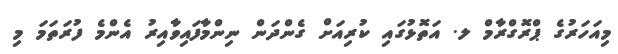
މިއަހަރުގެ ޕްރޮގްރާމް ލ. އަތޮޅުގައި ކުރިއަށް ގެންދަން ނިންމާފައިވާއިރު އެންމެ ފުރަތަމަ މި